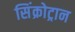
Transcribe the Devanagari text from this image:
सिंक्रोट्रान